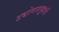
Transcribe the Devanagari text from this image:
उद्योगसमूहाचीं